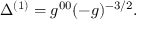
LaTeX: \Delta ^ { ( 1 ) } = g ^ { 0 0 } ( - g ) ^ { - 3 / 2 } .